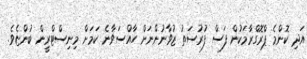
އަދި ކޮންމެ ޕްރޮގްރާމަކުން ފަސް ފުރުސަތު ޒުވާނުންނަށް ހާއްސަވާނެ ކަމަށް މިނިސްޓްރީން ބުންޏެވެ.